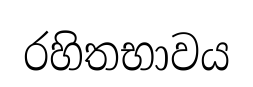
රහිතභාවය